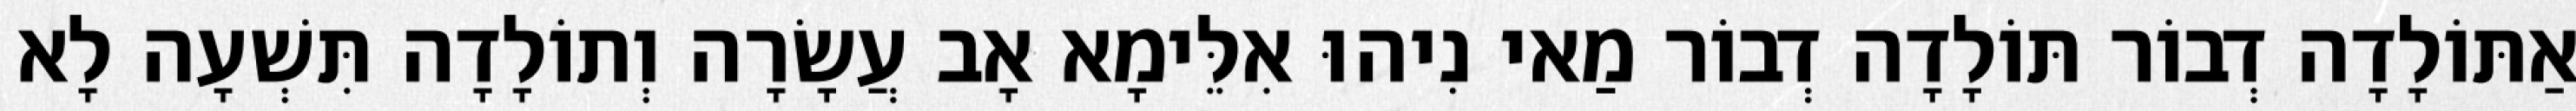
אַתּוֹלָדָה דְבוֹר תּוֹלָדָה דְבוֹר מַאי נִיהוּ אִלֵּימָא אָב עֲשָׂרָה וְתוֹלָדָה תִּשְׁעָה לָא